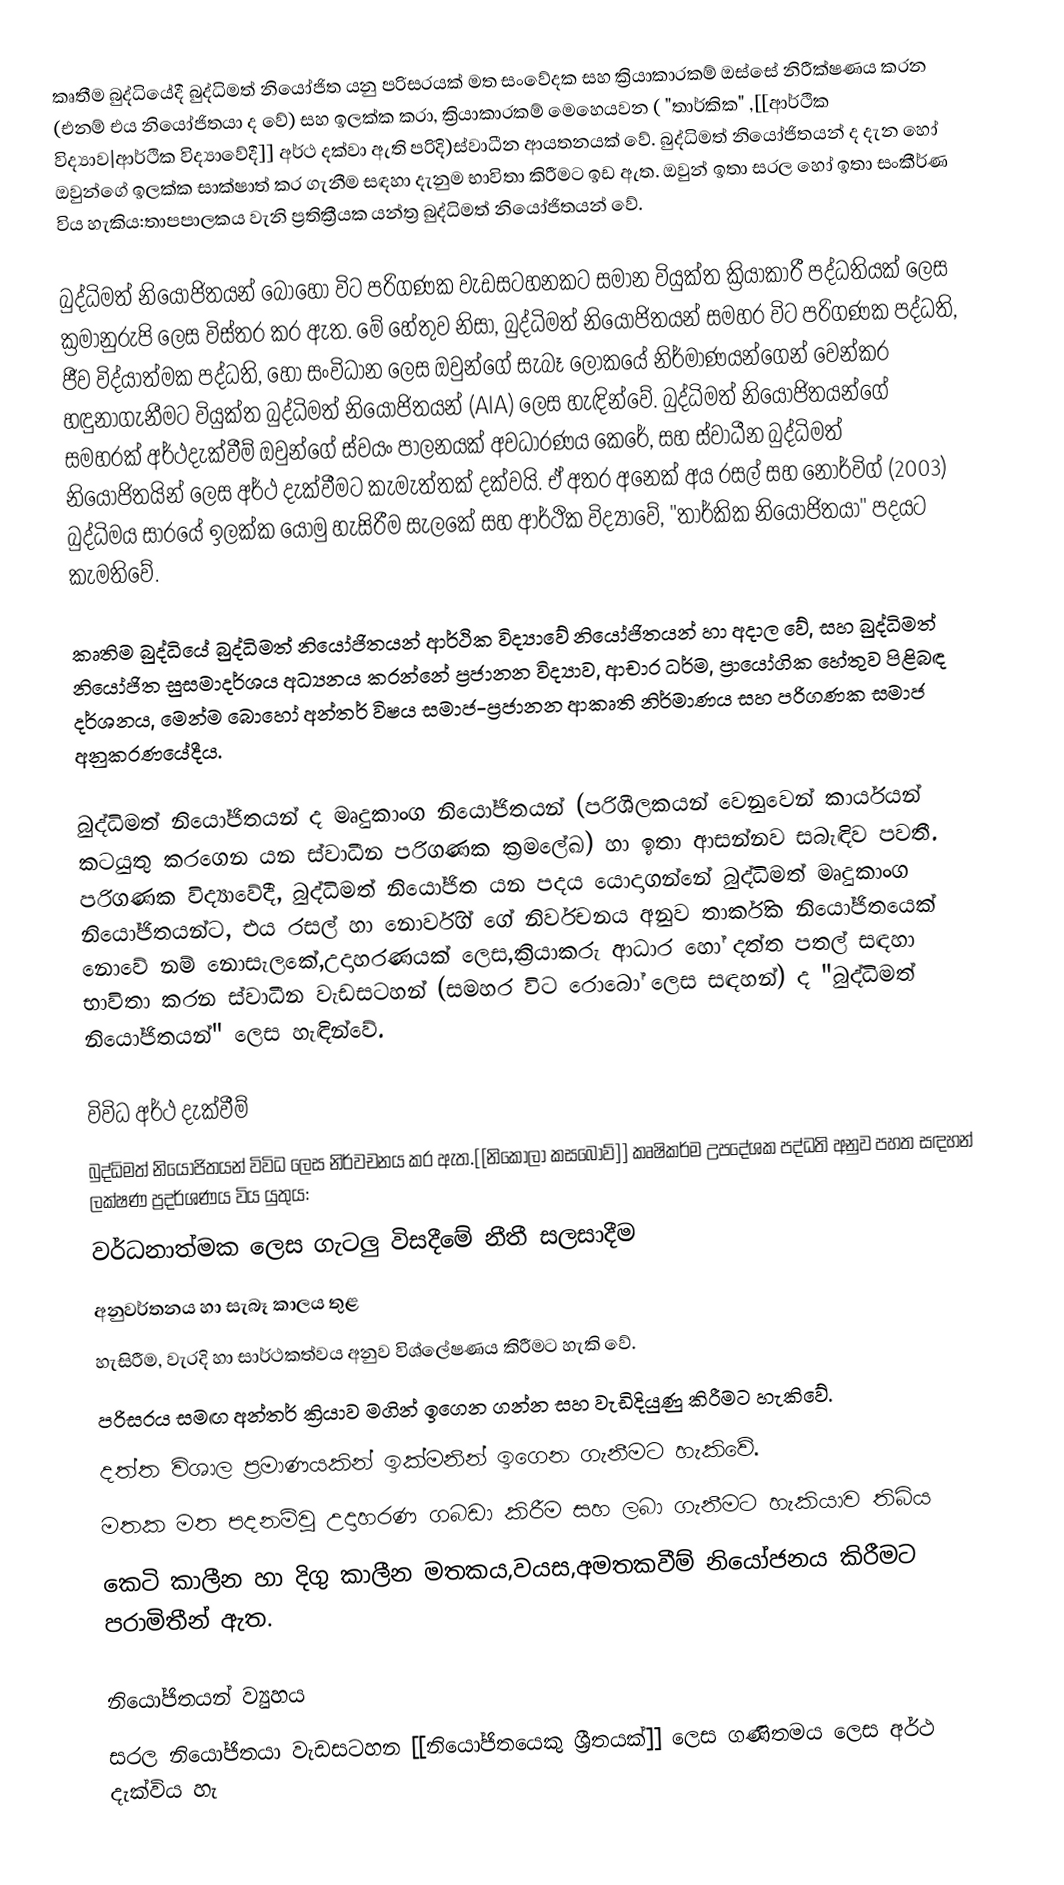
කෘතීම බුද්ධියේදී බුද්ධිමත් නියෝජිත යනු පරිසරයක් මත සංවේදක සහ ක්‍රියාකාරකම් ඔස්සේ නිරීක්ෂණය කරන (එනම් එය නියෝජිතයා ද වේ) සහ ඉලක්ක කරා, ක්‍රියාකාරකම් මෙහෙයවන ( "තාර්කික" ,[[ආර්ථික විද්‍යාව|ආර්ථික විද්‍යාවේදී]] අර්ථ දක්වා ඇති පරිදි)ස්වාධීන ආයතනයක් වේ. බුද්ධිමත් නියෝජිතයන් ද දැන හෝ ඔවුන්ගේ ඉලක්ක සාක්ෂාත් කර ගැනීම සඳහා දැනුම භාවිතා කිරීමට ඉඩ ඇත. ඔවුන් ඉතා සරල හෝ ඉතා සංකීර්ණ විය හැකිය:තාපපාලකය වැනි ප්‍රතික්‍රීයක යන්ත්‍ර බුද්ධිමත් නියෝජිතයන් වේ.

බුද්ධිමත් නියෝජිතයන් බොහෝ විට පරිගණක වැඩසටහනකට සමාන වියුක්ත ක්‍රියාකාරී පද්ධතියක් ලෙස ක්‍රමානුරුපි ලෙස විස්තර කර ඇත. මේ හේතුව නිසා, බුද්ධිමත් නියෝජිතයන් සමහර විට පරිගණක පද්ධති, ජීව විද්යාත්මක පද්ධති, හෝ සංවිධාන ලෙස ඔවුන්ගේ සැබෑ ලෝකයේ නිර්මාණයන්ගෙන් වෙන්කර හඳුනාගැනීමට වියුක්ත බුද්ධිමත් නියෝජිතයන් (AIA) ලෙස හැඳින්වේ. බුද්ධිමත් නියෝජිතයන්ගේ සමහරක් අර්ථදැක්වීම් ඔවුන්ගේ ස්වයං පාලනයක් අවධාරණය කෙරේ, සහ ස්වාධීන බුද්ධිමත් නියෝජිතයින් ලෙස අර්ථ දැක්වීමට කැමැත්තක් දක්වයි. ඒ අතර අනෙක් අය රසල් සහ නොර්විග් (2003)  බුද්ධිමය සාරයේ  ඉලක්ක යොමු හැසිරීම සැලකේ සහ ආර්ථික විද්‍යාවේ, "තාර්කික නියෝජිතයා" පදයට කැමතිවේ.

කෘතිම බුද්ධියේ බුද්ධිමත් නියෝජිතයන් ආර්ථික විද්‍යාවේ නියෝජිතයන් හා අදාල වේ, සහ බුද්ධිමත් නියෝජිත සුසමාදර්ශය අධ්‍යනය කරන්නේ ප්‍රජානන විද්‍යාව, ආචාර ධර්ම, ප්‍රායෝගික හේතුව පිළිබඳ දර්ශනය, මෙන්ම බොහෝ අන්තර් විෂය සමාජ-ප්‍රජානන ආකෘති නිර්මාණය සහ පරිගණක සමාජ අනුකරණයේදීය.

බුද්ධිමත් නියෝජිතයන් ද මෘදුකාංග නියෝජිතයන් (පරිශීලකයන් වෙනුවෙන් කාර්යයන් කටයුතු කරගෙන යන ස්වාධීන පරිගණක ක්‍රමලේඛ) හා ඉතා ආසන්නව සබැඳිව පවතී. පරිගණක විද්‍යාවේදී, බුද්ධිමත් නියෝජිත යන පදය යොදාගන්නේ බුද්ධිමත් මෘදුකාංග නියෝජිතයන්ට, එය රසල් හා නොර්විග් ගේ නිර්වචනය අනුව තාර්කික නියෝජිතයෙක් නොවේ නම් නොසැලකේ,උදාහරණයක් ලෙස,ක්‍රියාකරු ආධාර හෝ දත්ත පතල් සඳහා භාවිතා කරන ස්වාධීන වැඩසටහන් (සමහර විට රොබෝ ලෙස සඳහන්) ද "බුද්ධිමත් නියෝජිතයන්" ලෙස හැඳින්වේ.

විවිධ අර්ථ දැක්වීම්
බුද්ධිමත් නියෝජිතයන් විවිධ ලෙස නිර්වචනය කර ඇත.[[නිකොලා කසබොව්]] කෘෂිකර්ම උපදේශක පද්ධති අනුව පහත සඳහන් ලක්ෂණ ප්‍රදර්ශණය විය යුතුය:
 වර්ධනාත්මක ලෙස ගැටලු විසදීමේ නීතී සලසාදීම
 අනුවර්තනය හා සැබෑ කාලය තුළ
 හැසිරීම, වැරදි හා සාර්ථකත්වය අනුව විශ්ලේෂණය කිරීමට හැකි වේ.
 පරිසරය සමඟ අන්තර් ක්‍රියාව මගින් ඉගෙන ගන්න සහ වැඩිදියුණු කිරීමට හැකිවේ.
 දත්ත විශාල ප්‍රමාණයකින් ඉක්මනින් ඉගෙන ගැනීමට හැකිවේ.
 මතක මත පදනම්වූ උදාහරණ ගබඩා කිරීම සහ ලබා ගැනීමට හැකියාව තිබිය
 කෙටි කාලීන හා දිගු කාලීන මතකය,වයස,අමතකවීම් නියෝජනය කිරීමට පරාමිතීන් ඇත.

නියෝජිතයන් ව්‍යුහය
සරල නියෝජිතයා වැඩසටහන [[නියෝජිතයෙකු ශ්‍රීතයක්]] ලෙස ගණිතමය ලෙස අර්ථ දැක්විය හැ